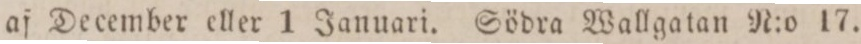
af December eller 1 Januari. Södra Wallgatan N:o 17.